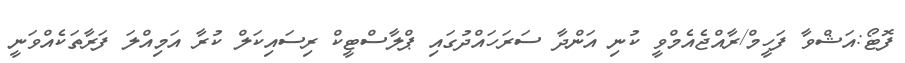
ފޮޓޯ:އަޝްވާ ފަހީމް/ރާއްޖެއެމްވީ ކުނި އަންދާ ސަރަހައްދުގައި ޕްލާސްޓީކް ރިސައިކަލް ކުރާ އަމިއްލަ ފަރާތަކެއްވަނީ